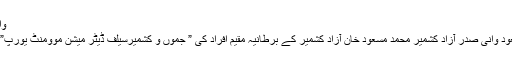
والئی جموں پورن کرن سے اس نظام کی خلاصی کے لیے مزید پڑھیں
مسئلہ کشمیر اجاگر کرنے کے جدید طریقوں کی ضرورت اطہر مسعود وانی صدر آزاد کشمیر محمد مسعود خان آزاد کشمیر کے برطانیہ مقیم افراد کی ” جموں و کشمیرسیلف ڈیٹر میشن موومنٹ یورپ” کی دعوت پہ ان دنوں برطانیہ کے چھ روزہ سرکاری دورے پہ ہیں۔